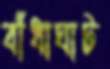
বাঁধাঘাট